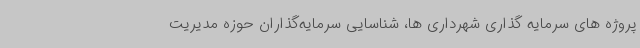
پروژه های سرمایه گذاری شهرداری ها، شناسایی سرمایه‌گذاران حوزه مدیریت